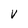
Character: V